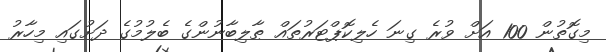
މިގޮތުން 100 އަށް ވުރެ ގިނަ ހެލިކޮޕްޓަރުތައް ޠާލިބާނުންގެ ބެލުމުގެ ދަށުގައި މިހާރު